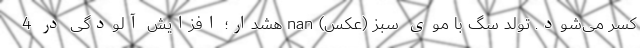
کسر می‌شود. تولد سگ با موی سبز (عکس) nan هشدار؛ افزایش آلودگی در 4